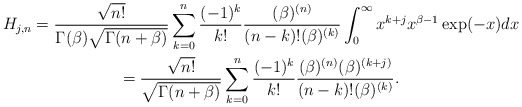
\begin{gather*}H_{j,n}=\frac{\sqrt{n!}}{\Gamma (\beta )\sqrt{\Gamma (n+\beta )}}\sum_{k=0}^{n}\frac{(-1)^{k}}{k!}\frac{(\beta )^{(n)}}{(n-k)!(\beta )^{(k)}}\int_{0}^{\infty }x^{k+j}x^{\beta -1}\exp (-x)dx \\=\frac{\sqrt{n!}}{\sqrt{\Gamma (n+\beta )}}\sum_{k=0}^{n}\frac{(-1)^{k}}{k!}\frac{(\beta )^{(n)}(\beta )^{(k+j)}}{(n-k)!(\beta )^{(k)}}.\end{gather*}